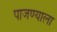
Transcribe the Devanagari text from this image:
पाजण्याला